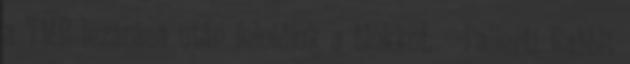
a TMB lezárása után feloldjuk a blokkot. --Pallerti Rabbit